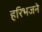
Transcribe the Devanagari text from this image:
हरिभजने